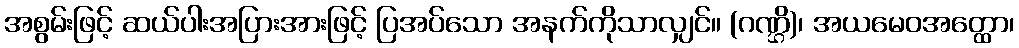
အစွမ်းဖြင့် ဆယ်ပါးအပြားအားဖြင့် ပြအပ်သော အနက်ကိုသာလျှင်။ (ဂဏ္ဌိ)၊ အယမေဝအတ္ထော၊